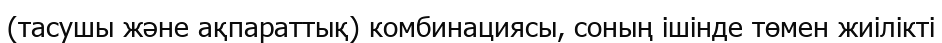
(тасушы және ақпараттық) комбинациясы, соның ішінде төмен жиілікті